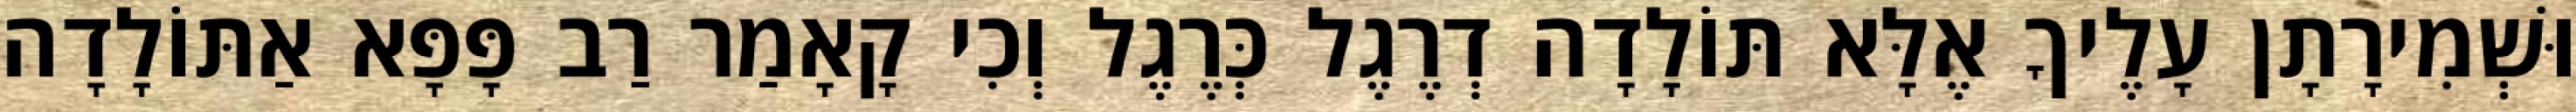
וּשְׁמִירָתָן עָלֶיךָ אֶלָּא תּוֹלָדָה דְרֶגֶל כְּרֶגֶל וְכִי קָאָמַר רַב פָּפָּא אַתּוֹלָדָה